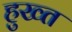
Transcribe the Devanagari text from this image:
हुख्त